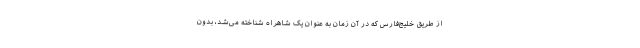
از طریق خلیج‌فارس که در آن زمان به عنوان یک شاهراه شناخته می‌شد، بدون